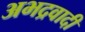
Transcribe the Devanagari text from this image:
अभद्रवादी